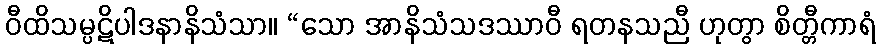
ဝီထိသမ္ပဋိပါဒနာနိသံသာ။ “သော အာနိသံသဒဿာဝီ ရတနသညီ ဟုတွာ စိတ္တီကာရံ